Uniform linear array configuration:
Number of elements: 8
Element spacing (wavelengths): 1
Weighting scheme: exponential
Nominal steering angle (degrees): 0
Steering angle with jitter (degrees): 1.067
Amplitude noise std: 0.05
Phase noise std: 0.05

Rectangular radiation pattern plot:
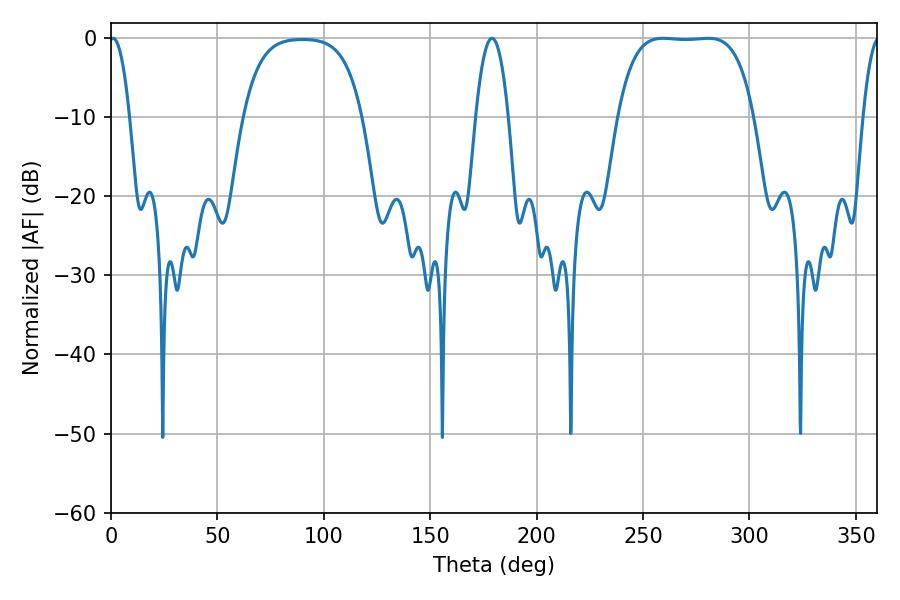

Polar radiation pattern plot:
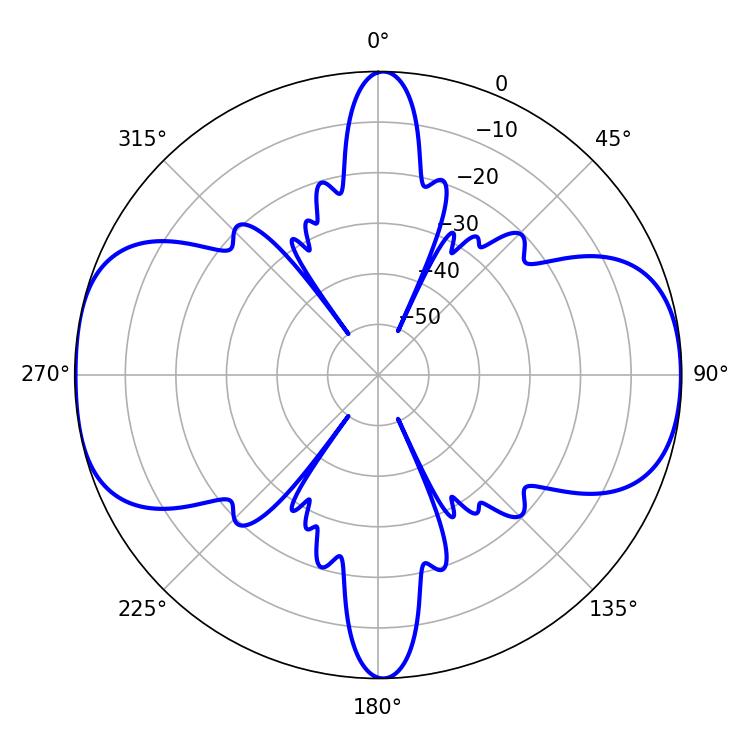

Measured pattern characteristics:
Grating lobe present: TRUE
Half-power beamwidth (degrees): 49.32
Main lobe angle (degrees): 259.38